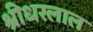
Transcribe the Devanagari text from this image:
श्रीधरलाल